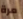
مرة